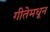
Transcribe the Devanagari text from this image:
गीतेमधून